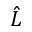
\hat { L }